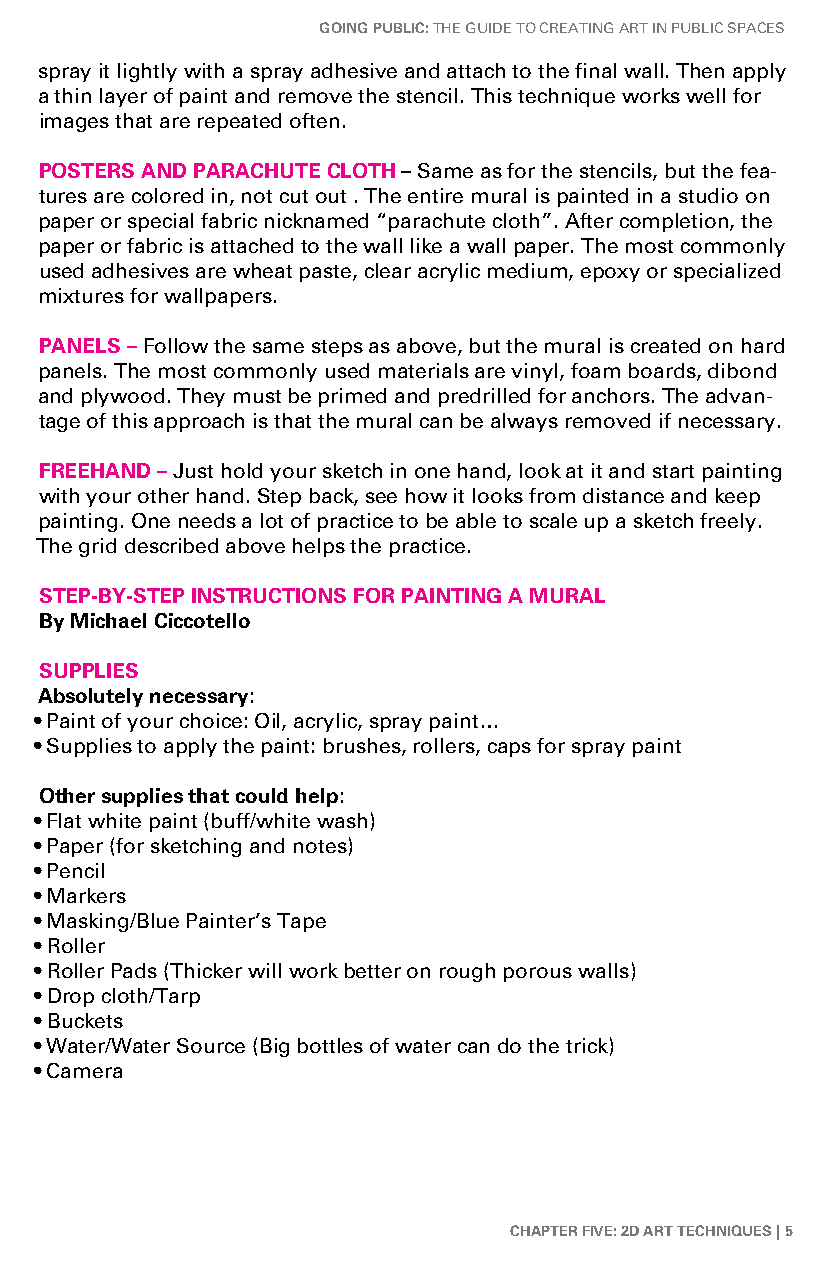
GoinG Public: The Guide To CreaTinG arT in PubliC SPaCeS
 spray it lightly with a spray adhesive and attach to the final wall. Then apply
 a thin layer of paint and remove the stencil. This technique works well for
 images that are repeated often.
 Posters and Parachute cloth – Same as for the stencils, but the fea-
 tures are colored in, not cut out . The entire mural is painted in a studio on
 paper or special fabric nicknamed “parachute cloth”. after completion, the
 paper or fabric is attached to the wall like a wall paper. The most commonly
 used adhesives are wheat paste, clear acrylic medium, epoxy or specialized
 mixtures for wallpapers.
 Panels – Follow the same steps as above, but the mural is created on hard
 panels. The most commonly used materials are vinyl, foam boards, dibond
 and plywood. They must be primed and predrilled for anchors. The advan-
 tage of this approach is that the mural can be always removed if necessary.
 freehand – Just hold your sketch in one hand, look at it and start painting
 with your other hand. Step back, see how it looks from distance and keep
 painting. one needs a lot of practice to be able to scale up a sketch freely.
 The grid described above helps the practice.
 steP-by-steP instructions for PaintinG a mural
 by michael ciccotello
 suPPlies
 absolutely necessary:
 • Paint of your choice: oil, acrylic, spray paint…
 • Supplies to apply the paint: brushes, rollers, caps for spray paint
 other supplies that could help:
 • Flat white paint (buff/white wash)
 • Paper (for sketching and notes)
 • Pencil
 • Markers
 • Masking/blue Painter’s Tape
 • roller
 • roller Pads (Thicker will work better on rough porous walls)
 • drop cloth/Tarp
 • buckets
 • Water/Water Source (big bottles of water can do the trick)
 • Camera
 chaPter five: 2d art techniques | 5